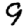
Digit: 9